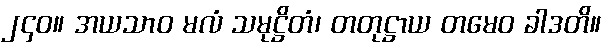
၂၄၀။ အယသာဝ မလံ သမုဋ္ဌိတံ၊ တတုဋ္ဌာယ တမေဝ ခါဒတိ။